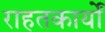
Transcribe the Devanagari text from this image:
राहतकार्यों